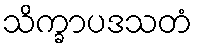
သိက္ခာပဒသတံ